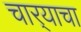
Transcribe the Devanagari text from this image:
चार्‍याचा